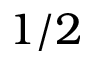
1 / 2